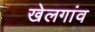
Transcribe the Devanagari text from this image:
खेलगांव